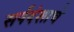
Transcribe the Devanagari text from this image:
सर्पदंशाचे